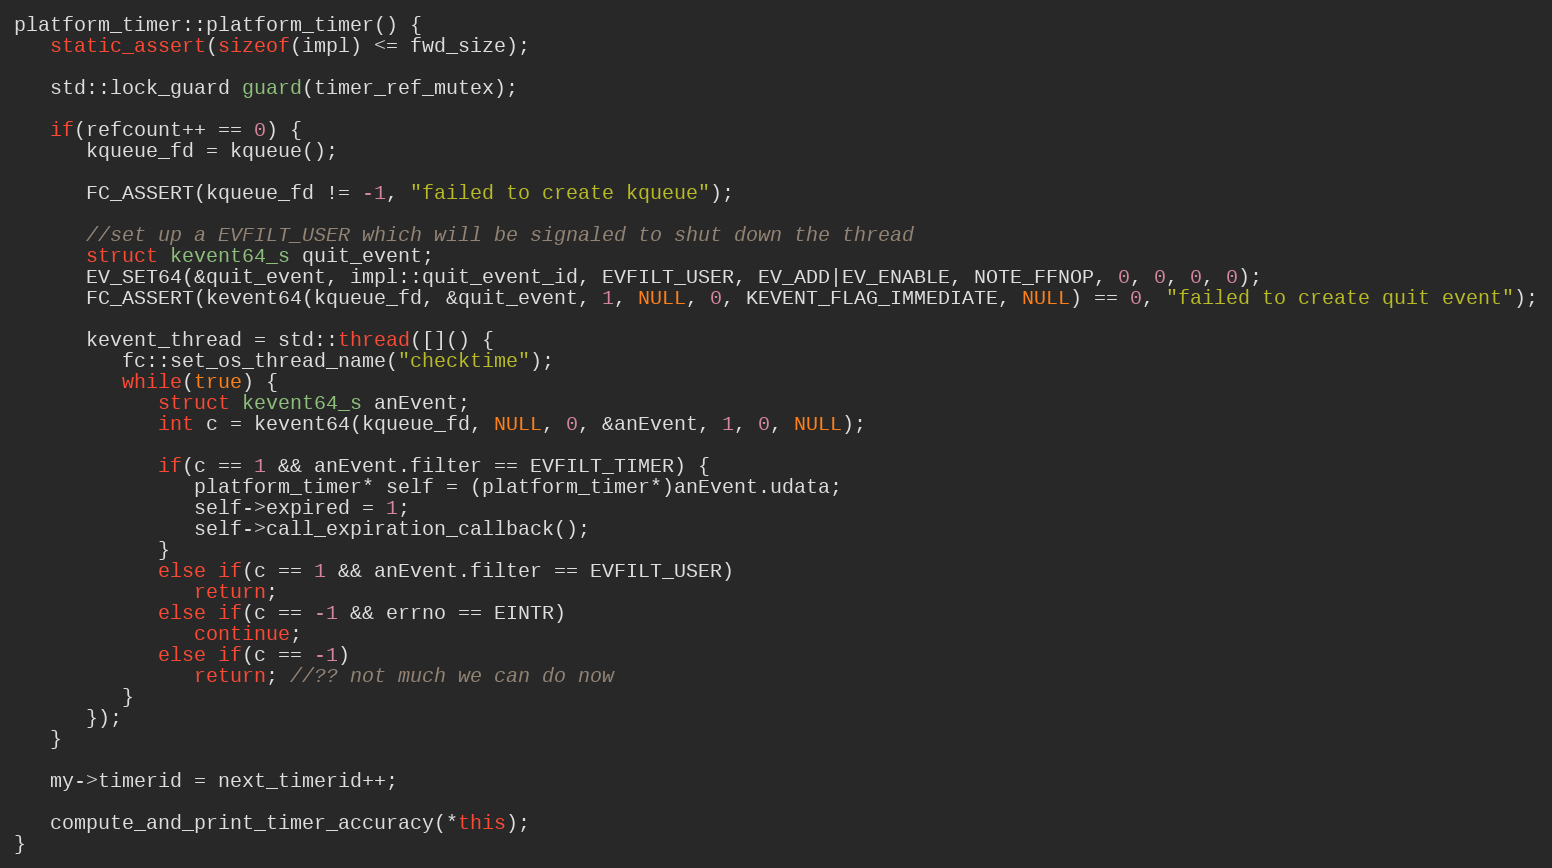
Language: C++
platform_timer::platform_timer() {
   static_assert(sizeof(impl) <= fwd_size);

   std::lock_guard guard(timer_ref_mutex);

   if(refcount++ == 0) {
      kqueue_fd = kqueue();

      FC_ASSERT(kqueue_fd != -1, "failed to create kqueue");

      //set up a EVFILT_USER which will be signaled to shut down the thread
      struct kevent64_s quit_event;
      EV_SET64(&quit_event, impl::quit_event_id, EVFILT_USER, EV_ADD|EV_ENABLE, NOTE_FFNOP, 0, 0, 0, 0);
      FC_ASSERT(kevent64(kqueue_fd, &quit_event, 1, NULL, 0, KEVENT_FLAG_IMMEDIATE, NULL) == 0, "failed to create quit event");

      kevent_thread = std::thread([]() {
         fc::set_os_thread_name("checktime");
         while(true) {
            struct kevent64_s anEvent;
            int c = kevent64(kqueue_fd, NULL, 0, &anEvent, 1, 0, NULL);

            if(c == 1 && anEvent.filter == EVFILT_TIMER) {
               platform_timer* self = (platform_timer*)anEvent.udata;
               self->expired = 1;
               self->call_expiration_callback();
            }
            else if(c == 1 && anEvent.filter == EVFILT_USER)
               return;
            else if(c == -1 && errno == EINTR)
               continue;
            else if(c == -1)
               return; //?? not much we can do now
         }
      });
   }

   my->timerid = next_timerid++;

   compute_and_print_timer_accuracy(*this);
}